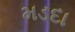
મડદા